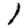
Digit: 1